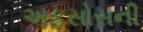
અફસોસની